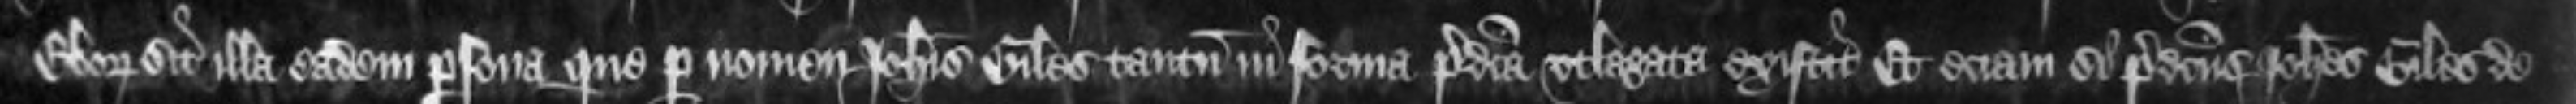
Eboraci sit illa eadem persona que per nomen Johannis Giles tantum in forma predicta utlagata existit Et eciam si predictus Johannes Giles de